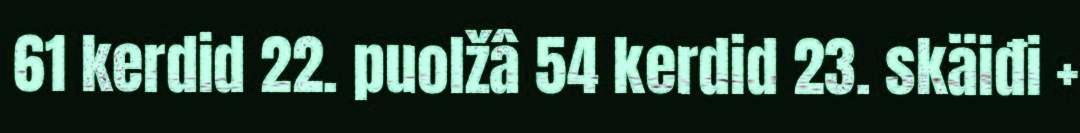
61 kerdid 22. puolžâ 54 kerdid 23. skäiđi +